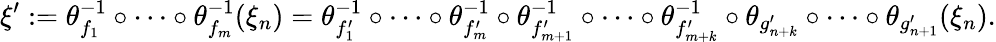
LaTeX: \xi^{\prime}:=\theta_{f_{1}}^{-1}\circ\cdots\circ\theta_{f_{m}}^{-1}(\xi_{n})=\theta_{f_{1}^{\prime}}^{-1}\circ\cdots\circ\theta_{f_{m}^{\prime}}^{-1}\circ\theta_{f_{m+1}^{\prime}}^{-1}\circ\cdots\circ\theta_{f_{m+k}^{\prime}}^{-1}\circ\theta_{g_{n+k}^{\prime}}\circ\cdots\circ\theta_{g_{n+1}^{\prime}}(\xi_{n}).